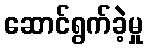
ဆောင်ရွက်ခဲ့မှု